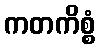
ကတကိစ္စံ